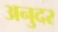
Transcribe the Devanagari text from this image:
अनुदर